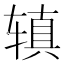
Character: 𫟥